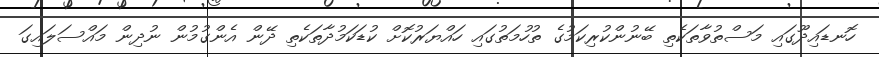
ހޮނޑައިދޫގައި މަސްތުވާތަކެތި ބޭނުންކުރިކަމުގެ ތުހުމަތުގައި ހައްޔަރުކޮށް ކުޑަކަމުދާތަކެތި ދޭން އެންގުމުން ނުދިން މައްސަލައިގަ